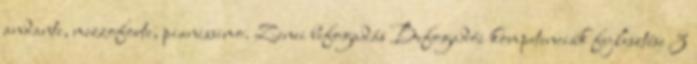
andante, mezzoforte, pianissimo. Zenei befogadás Befogadói kompetenciák fejlesztése 3